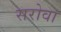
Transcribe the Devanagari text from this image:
सरोवा